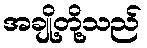
အချို့တို့သည်